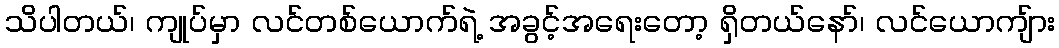
သိပါတယ်၊ ကျုပ်မှာ လင်တစ်ယောက်ရဲ့ အခွင့်အရေးတော့ ရှိတယ်နော်၊ လင်ယောကျ်ား